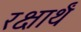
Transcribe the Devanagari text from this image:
रक्षार्थं